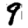
Digit: 9